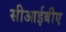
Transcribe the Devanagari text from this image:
सीआईबीए